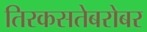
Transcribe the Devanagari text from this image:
तिरकसतेबरोबर